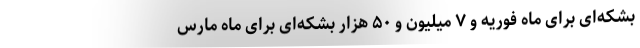
بشکه‌ای برای ماه فوریه و ۷ میلیون و ۵۰ هزار بشکه‌ای برای ماه مارس